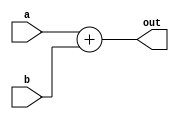
module add32(a, b, out);
    input [31:0] a, b;
    output [31:0] out;
    reg [31:0] out;

    always@(a or b)
        out <= a + b;

endmodule